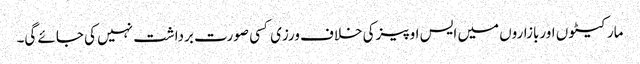
مارکیٹو ں اوربازاروں میں ایس او پیزکی خلاف ورزی کسی صورت برداشت نہیں کی جائے گی۔